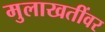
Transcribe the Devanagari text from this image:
मुलाखतींवर